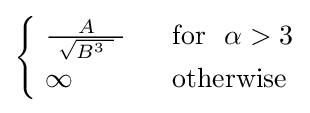
{\begin{cases}\ {\frac {\ A\ }{\ {\sqrt {B^{3}\ }}\ }}~~&{\text{for }}~\alpha >3\\\ \infty &{\text{otherwise}}\end{cases}}